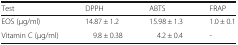
<table><thead><tr><td><b>Test</b></td><td><b>DPPH</b></td><td><b>ABTS</b></td><td><b>FRAP</b></td></tr></thead><tbody><tr><td>EOS (μg/ml)</td><td>14.87 ± 1.2</td><td>15.98 ± 1.3</td><td>1.0 ± 0.1</td></tr><tr><td>Vitamin C (μg/ml)</td><td>9.8 ± 0.38</td><td>4.2 ± 0.4</td><td>-</td></tr></tbody></table>